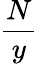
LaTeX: \frac{N}{y}